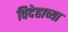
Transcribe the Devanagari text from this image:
विदेहाच्या